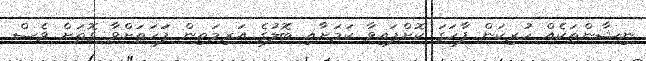
ނިޝާންތަކެއް ހުރިކަން ފާހަގަ ކޮށްފައިވާ ކަމަށާއި ބޮލުގެ އަރިމަތިން ފަަހަތަށްވާ ގޮތަށް ވެސް